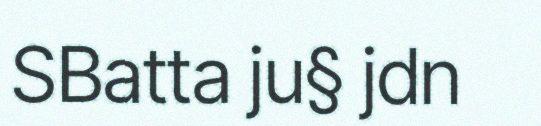
SBatta ju§ jdn